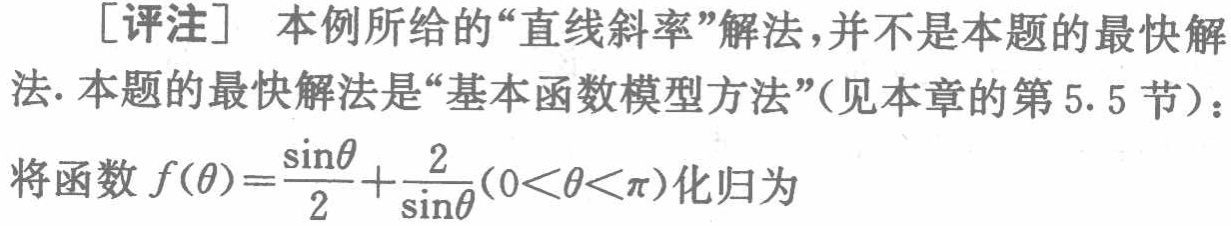
[评注] 本例所给的“直线斜率”解法,并不是本题的最快解法.本题的最快解法是“基本函数模型方法”(见本章的第5.5节)：
将函数\(f(\theta)=\frac{\sin\theta}{2}+\frac{2}{\sin\theta}(0<\theta<\pi)\)化归为